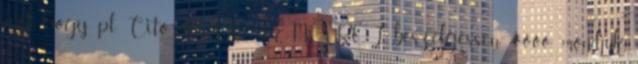
azt, hogy pl. Cito MÁS TÉMÁRÓL beszélgessen- öööö. mondjuk